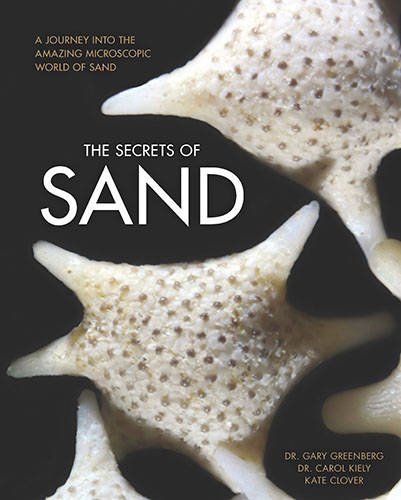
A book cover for The Secrets of Sand: A Journey into the Amazing Microscopic World of Sand; Gary Greenberg; Science & Math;